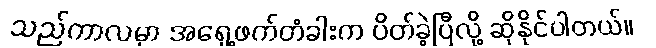
သည်ကာလမှာ အရှေ့ဖက်တံခါးက ပိတ်ခဲ့ပြီလို့ ဆိုနိုင်ပါတယ်။